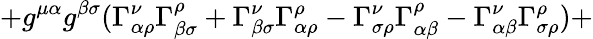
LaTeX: +g^{\mu\alpha}g^{\beta\sigma}(\Gamma_{\alpha\rho}^{\nu}\Gamma_{\beta\sigma}^{\rho}+\Gamma_{\beta\sigma}^{\nu}\Gamma_{\alpha\rho}^{\rho}-\Gamma_{\sigma\rho}^{\nu}\Gamma_{\alpha\beta}^{\rho}-\Gamma_{\alpha\beta}^{\nu}\Gamma_{\sigma\rho}^{\rho})+